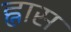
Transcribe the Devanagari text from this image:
ह्नास